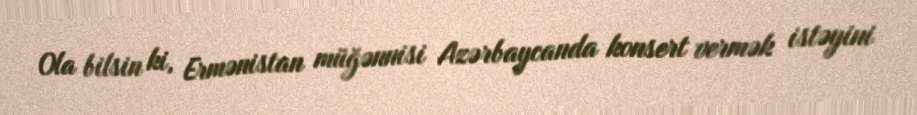
Ola bilsin ki, Ermənistan müğənnisi Azərbaycanda konsert vermək istəyini